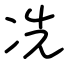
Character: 冼